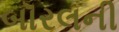
બૉરલની